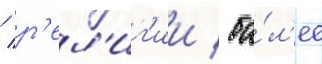
/ р'ел'иг'ии / бо́л'ее